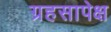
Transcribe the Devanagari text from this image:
ग्रहसापेक्ष